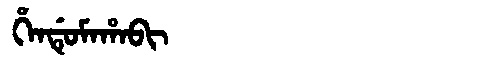
Manchu: ᡥᡝᠨᡩᡠᠮᠠᡥᠠᠪᡳ
Romanization: HENDUMAHABI